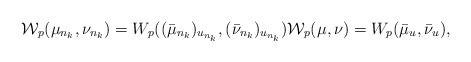
LaTeX: \begin{align*}\mathcal{W}_{p}(\mu_{n_{k}},\nu_{n_{k}})=W_{p}((\bar{\mu}_{n_{k}})_{u_{n_{k}}},(\bar{\nu}_{n_{k}})_{u_{n_{k}}}) \mathcal{W}_{p}(\mu,\nu)=W_{p}(\bar{\mu}_{u},\bar{\nu}_{u}),\end{align*}